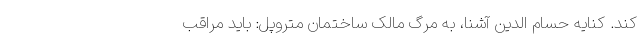
کند. کنایه حسام الدین آشنا، به مرگ مالک ساختمان متروپل: باید مراقب